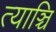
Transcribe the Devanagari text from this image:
त्याञ्चि